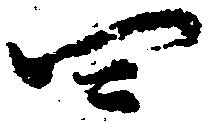
四